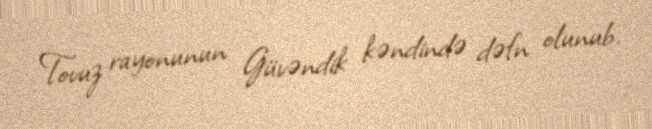
Tovuz rayonunun Güvəndik kəndində dəfn olunub.